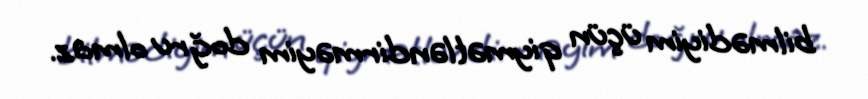
bilmədiyim üçün qiymətləndirməyim doğru olmaz.